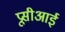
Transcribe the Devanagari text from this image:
प्रूसीआई